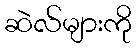
ဆဲလ်များကို